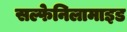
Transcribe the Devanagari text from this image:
सल्फेनिलामाइड